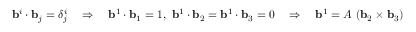
\mathbf { b } ^ { i } \cdot \mathbf { b } _ { j } = \delta _ { j } ^ { i } \quad \Rightarrow \quad \mathbf { b } ^ { 1 } \cdot \mathbf { b } _ { 1 } = 1 , ~ \mathbf { b } ^ { 1 } \cdot \mathbf { b } _ { 2 } = \mathbf { b } ^ { 1 } \cdot \mathbf { b } _ { 3 } = 0 \quad \Rightarrow \quad \mathbf { b } ^ { 1 } = A ~ ( \mathbf { b } _ { 2 } \times \mathbf { b } _ { 3 } )